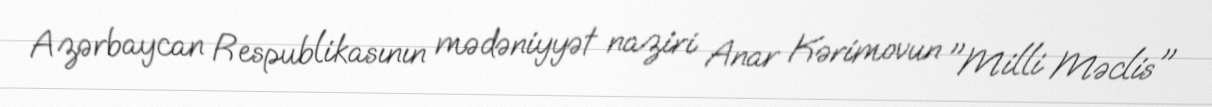
Azərbaycan Respublikasının mədəniyyət naziri Anar Kərimovun "Milli Məclis"